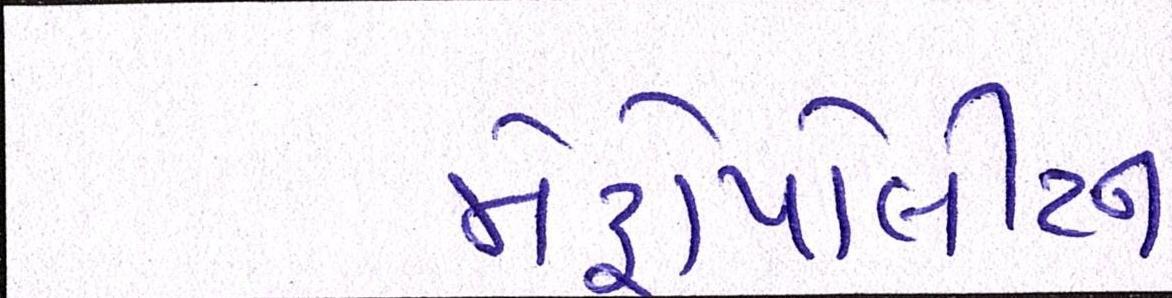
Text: મેટ્રોપોલીટન